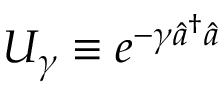
U _ { \gamma } \equiv e ^ { - \gamma \hat { a } ^ { \dagger } \hat { a } }